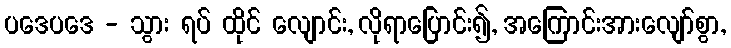
ပဒေပဒေ - သွား ရပ် ထိုင် လျောင်း, လိုရာပြောင်း၍, အကြောင်းအားလျော်စွာ,